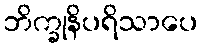
ဘိက္ခုနိပရိသာပေ